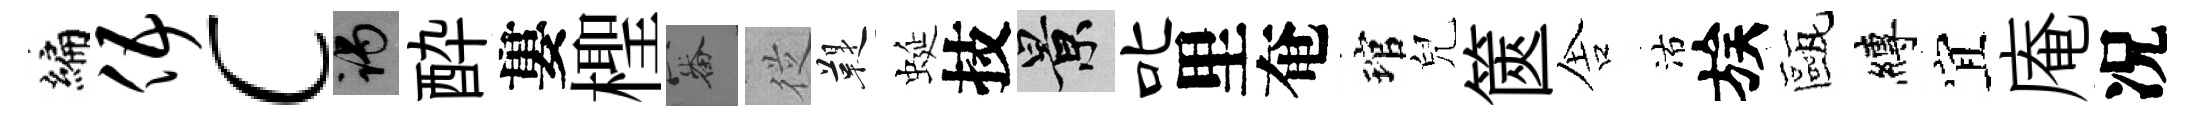
编伍c谒酔婁檉審従鞮蜒技景叱里奄琯兒篋舎沽族甌縛宜庵况